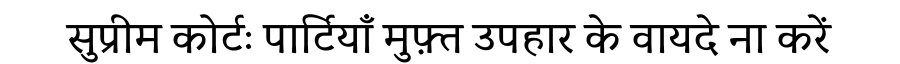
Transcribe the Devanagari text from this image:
सुप्रीम कोर्टः पार्टियाँ मुफ़्त उपहार के वायदे ना करें